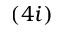
( 4 i )